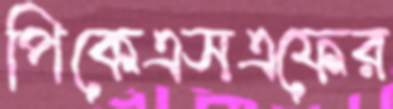
পিকেএসএফের